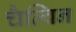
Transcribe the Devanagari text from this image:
चैल्विन